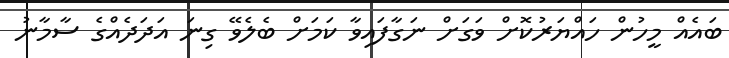
ބައެއް މީހުން ހައްޔަރުކޮށް ވަގަށް ނަގާފައިވާ ކަމަށް ބެލެވޭ ގިނަ އަދަދެއްގެ ސާމާނު